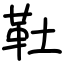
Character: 靯